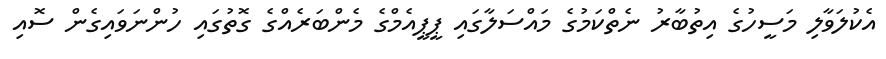
އެކުލަވާލި މަސީހުގެ އިތުބާރު ނެތްކަމުގެ މައްސަލާގައި ޕީޕީއެމްގެ މެންބަރެއްގެ ގޮތުގައި ހުންނަވައިގެން ސޮއި